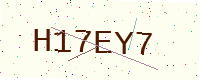
Text: H17EY7